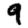
Digit: 9